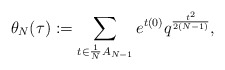
\begin{align*} \theta_N(\tau):=\sum_{t\in \frac{1}{N}A_{N-1} } e^{t(0)}q^{\frac{t^2}{2(N-1)}}, \end{align*}